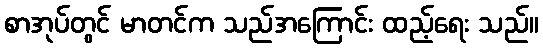
စာအုပ်တွင် မာတင်က သည်အကြောင်း ထည့်ရေး သည်။